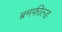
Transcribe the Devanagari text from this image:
ब्रमफील्ड